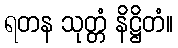
ရတန သုတ္တံ နိဋ္ဌိတံ။